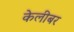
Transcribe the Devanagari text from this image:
केलीबर